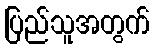
ပြည်သူအတွက်